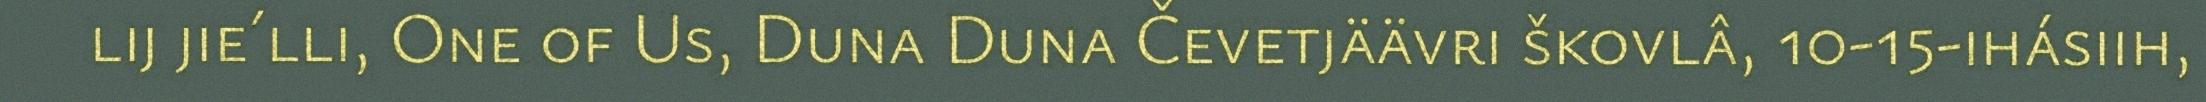
lij jie´lli, One of Us, Duna Duna Čevetjäävri škovlâ, 10-15-ihásiih,